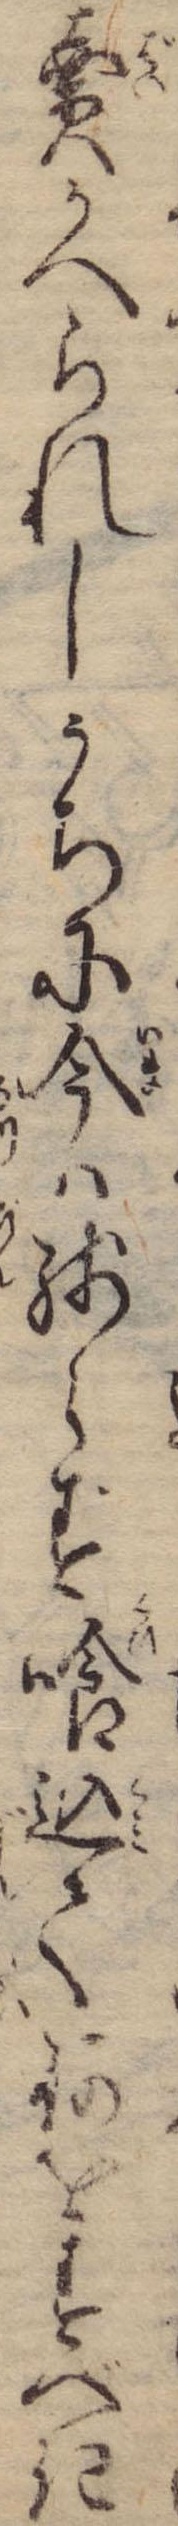
売かへられしうちに今は残らず喰込て何をすべき